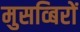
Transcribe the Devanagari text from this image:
मुसव्बिरों